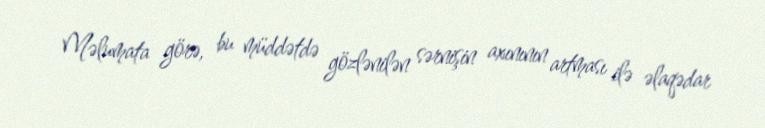
Məlumata görə, bu müddətdə gözlənilən sərnişin axınının artması ilə əlaqədar